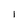
Character: I